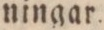
ningar.